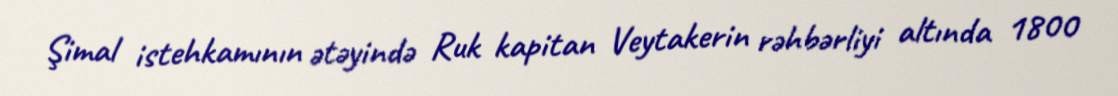
Şimal istehkamının ətəyində Ruk kapitan Veytakerin rəhbərliyi altında 1800